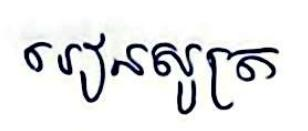
រៀនសូត្រ